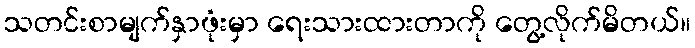
သတင်းစာမျက်နှာဖုံးမှာ ရေးသားထားတာကို တွေ့လိုက်မိတယ်။